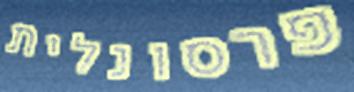
פרסונלית